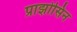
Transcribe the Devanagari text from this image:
प्राझोसिन